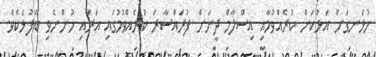
ހުޅަނގަށް އަޅުކަން ކުރެއްވުމާއި އިސްލާމް ދީނަށް ފުރައްސާރަ ކުރެއްވުމުގައި އަރައި ހުންނެވި ބޭފުޅެކެވެ.